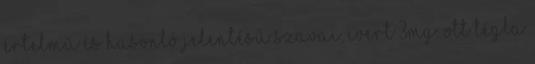
értelmű és hasonló jelentésű szavai, ivert 3mg. Ott tégla